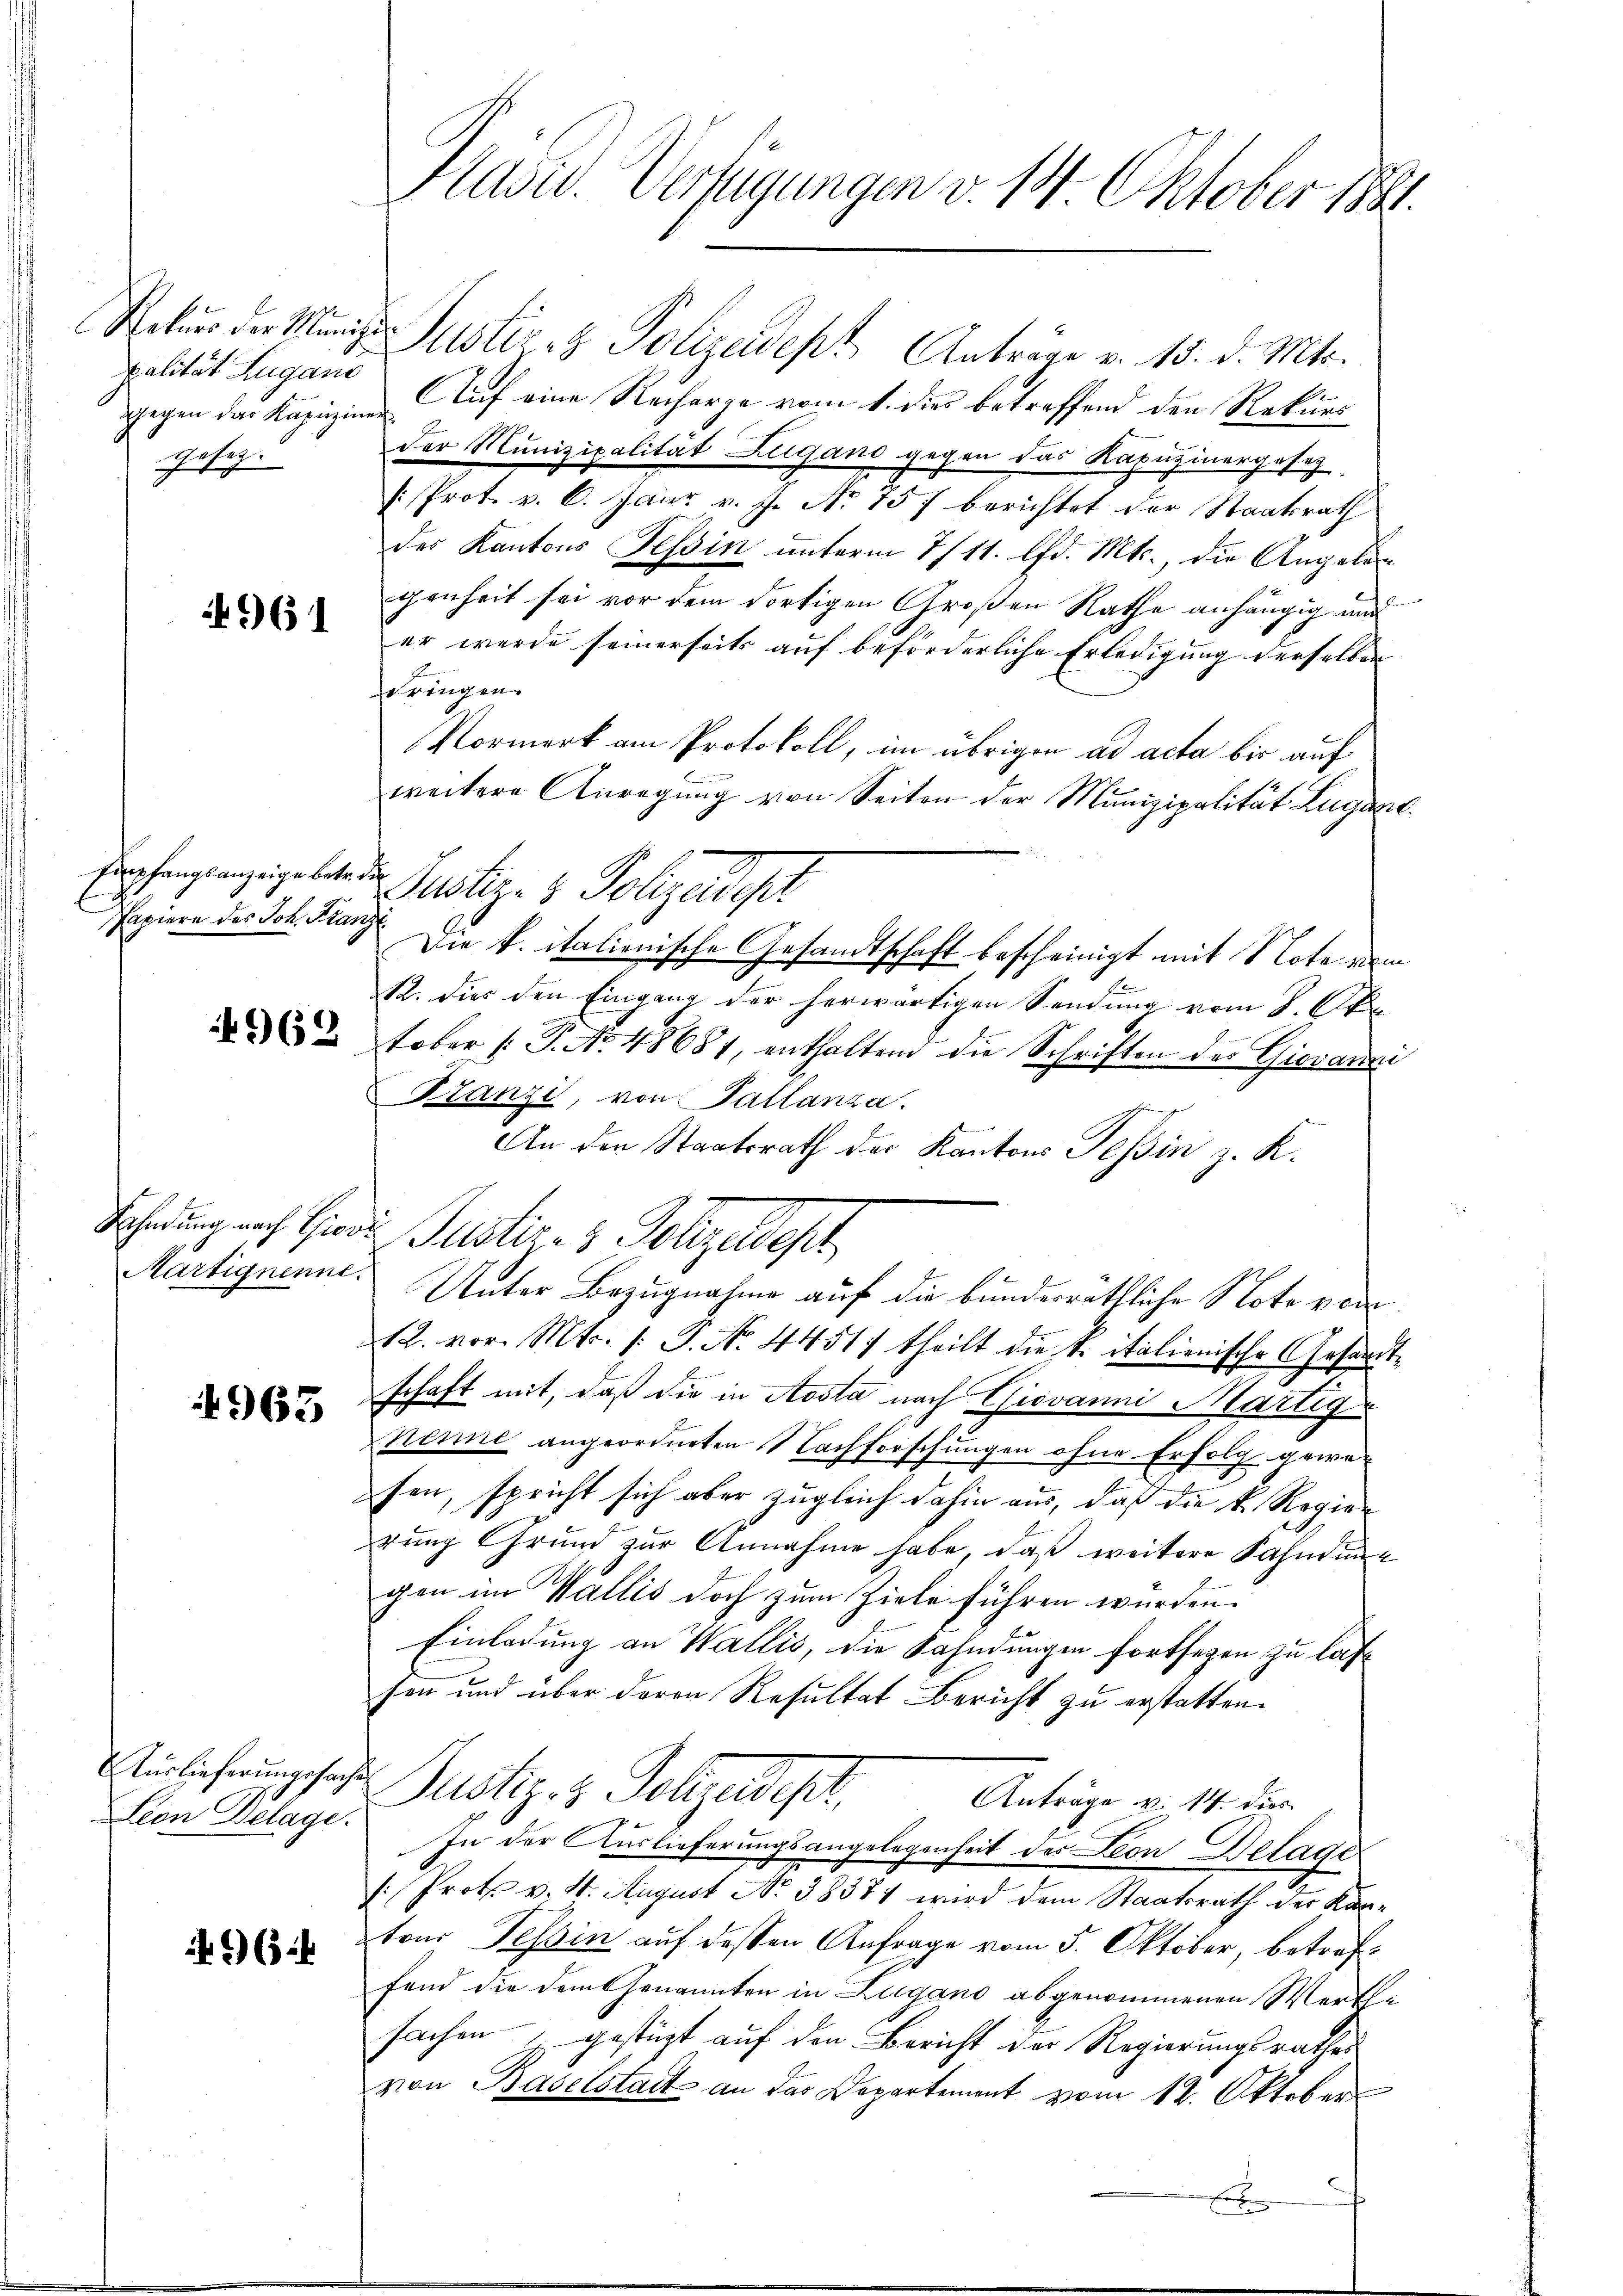
palität Zugano
gesetz.

961

Empfangsanzeige betr. die
Papiere des Joh. Franz

962

Märtignenne.

4963

Auslieferungssachen
Lion Belage.

96.4

Pasid. Verfügungen v. 14 Oktober 1881.

Rekŭrs der Ministe Justiz- & Polizeidept Anträge v. 15. d. Mts.
f
gegen der Kapŭzine Auf eine Recharge vom 1. dies betreffend den Rekurs
der Munizipalität Zugano gegen das Kapuzinergesez
[Prot. v. 6. Janr v. J. Nr. 757 berichtet der Staatsrath
der Kantons Tessin unterm 7/11. d. Mts., die Angele
genheit sei vor dem dortigen Großen Rathe anhängig und
er werde seinerseits auf beförderliche Erledigung derselben
dringen.
Vormerk am Protokoll, im übrigen ad acta bis auf
weitere Anregung von Seiten der Munizipalität Lugand
Justiz- & Polizadisch
Die k. italienische Gesandtschaft bescheinigt mit Nota nem
R. dies den Eingang der herwärtigen Sendung vom 8. Ok
tober (: P. No. 48681, enthaltend die Schriften der Giovanni
Franzi, von Tallanza.
An den Staatsrath der Kantons Teßin z. K.
Scherung nach Grade Justiz- & Polizeidest
Unter Bezugnahme auf die bundesräthliche Note von
12. vor. Mts. /: P. No. 44517 theilt die S. italienische Gesandtschaft mit, daß die in Aosta nach Giovanni Martig
Nenne angeordneten Nachforschungen ohne Erfolg gewesen, spricht sich aber zugleich dahin aus, daß die k. Regier
rung Grund zur Annahme habe, daß weitere Fahnung
gen im Wallis doch zum Ziele führen wurden.
Einladung an Wallis, die Fahndungen fortsegen zu lass
son und über deren Resultat Bericht zu erstatten.
Justiz z Joljadepl
Anträge v. 14. dies
In der Auslieferungsangelegenheit des Leon Belage
s: Prote v. 1. August No 38371 wird dem Staatsrath der Kantons Tessin auf dessen Anfrage vom 5. Oktober, betreffand die dem Genannten in Zugano abgenommenen Werthsachen, gestüzt auf den Bericht der Regierungsrathes
von Baselstadt an das Departement vom 14. Oktober